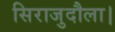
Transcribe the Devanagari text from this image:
सिराजुदौला।